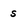
Character: s